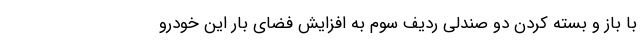
با باز و بسته کردن دو صندلی ردیف سوم به افزایش فضای بار این خودرو